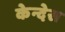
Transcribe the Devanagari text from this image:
केन्देस